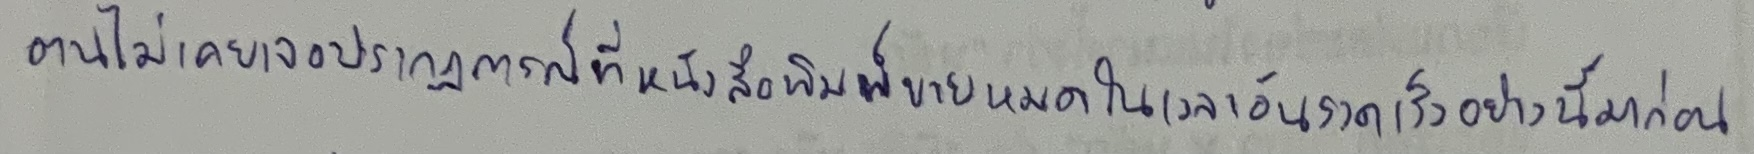
ตนไม่เคยเจอปรากฏการณ์ที่หนังสือพิมพ์ขายหมดในเวลาอันรวดเร็วอย่างนี้มาก่อน